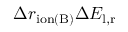
\Delta r _ { \mathrm { i o n ( B ) } } \Delta E _ { \mathrm { l , r } }